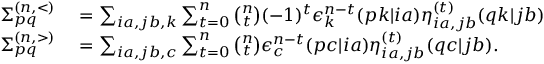
\begin{array} { r l } { \Sigma _ { p q } ^ { ( n , < ) } } & { { } = \sum _ { i a , j b , k } \sum _ { t = 0 } ^ { n } \binom { n } { t } ( - 1 ) ^ { t } \epsilon _ { k } ^ { n - t } ( p k | i a ) \eta _ { i a , j b } ^ { ( t ) } ( q k | j b ) } \\ { \Sigma _ { p q } ^ { ( n , > ) } } & { { } = \sum _ { i a , j b , c } \sum _ { t = 0 } ^ { n } \binom { n } { t } \epsilon _ { c } ^ { n - t } ( p c | i a ) \eta _ { i a , j b } ^ { ( t ) } ( q c | j b ) . } \end{array}